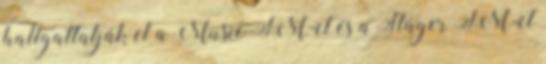
hallgattatják el a Music FM-et és a Sláger FM-et